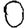
Digit: 0